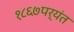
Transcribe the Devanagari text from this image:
१८६७पर्यंत